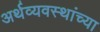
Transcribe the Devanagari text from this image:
अर्थव्यवस्थांच्या